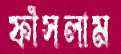
ফাঁসলাম